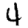
Digit: 4